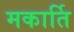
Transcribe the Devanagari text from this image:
मकार्ति